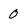
Character: 0